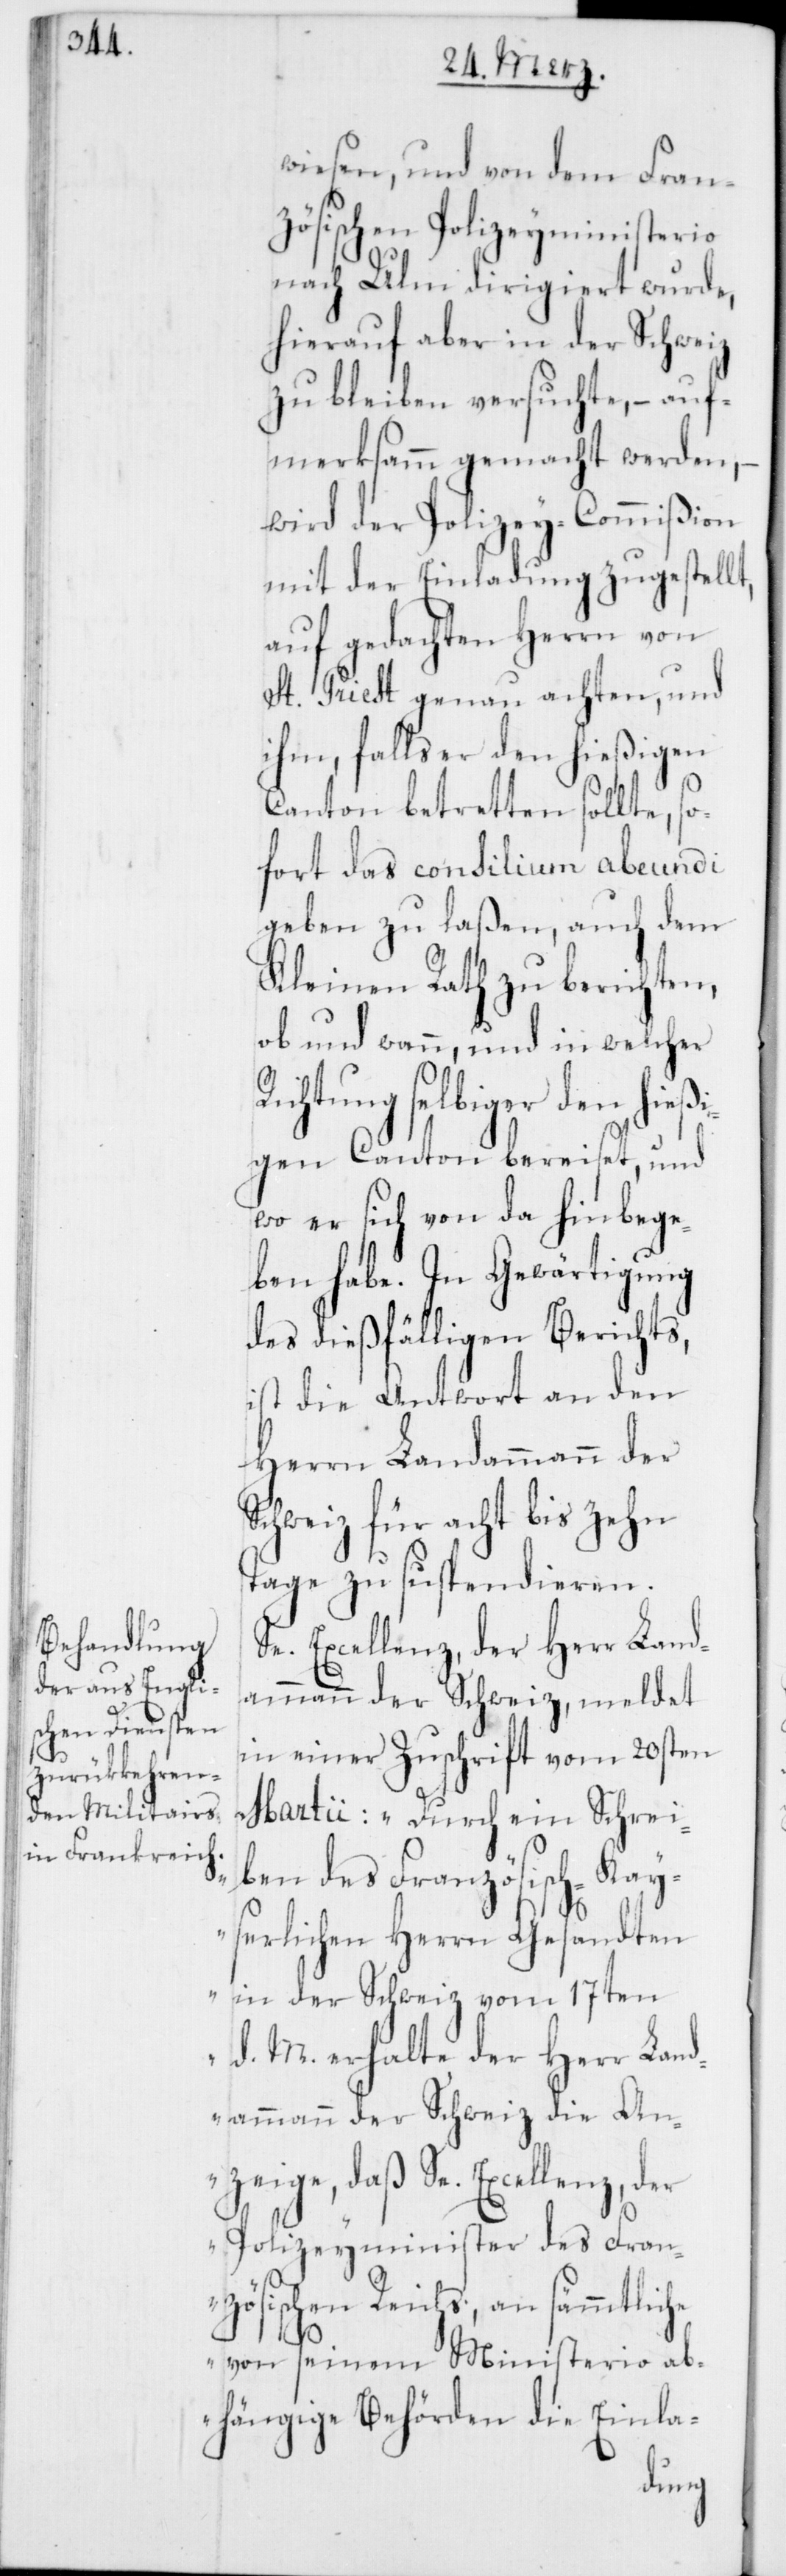
wiesen, und von dem Fran¬
zösischen Polizeyministerio
nach Ulm dirigiert wurde,
hierauf aber in der Schweiz
zu bleiben versuchte, – auf¬
merksamm gemacht werden, –
wird der Polizey-Commißion
mit der Einladung zugestellt,
auf gedachten Herrn von
St. Priest genau achten, und
ihm, falls er den hießigen
Canton betretten sollte, s¬
ofort das consilium abeundi
geben zu laßen, auch dem
Kleinen Rath zu berichten,
ob und wann, und in welcher
chtung selbiger den hie¬
ßigen Canton bereiset, und
wo er sich von da hinbege¬
ben habe. In Gewärtigung
des dießfälligen Berichts,
ist die Antwort an den
Herrn Landammann der
Schweiz für acht bis zehn
Tage zu suspendieren.
Se. Excellenz, der Herr Land¬
ammann der Schweiz, meldet
in einer Zuschrift vom 20sten
Martii: „Durch ein Schrei¬
ben des Französisch-Kay¬
serlichen Herrn Gesandten
in der Schweiz vom 17ten
d. M. erhalte der Herr Lan¬
Ri¬
dammann der Schweiz die An¬
zeige, daß Se. Excellenz, der
Polizeyminister des Fran¬
zösischen Reichs, an sämmtliche
von seinem Ministerio ab¬
hängige Behörden die Einla-